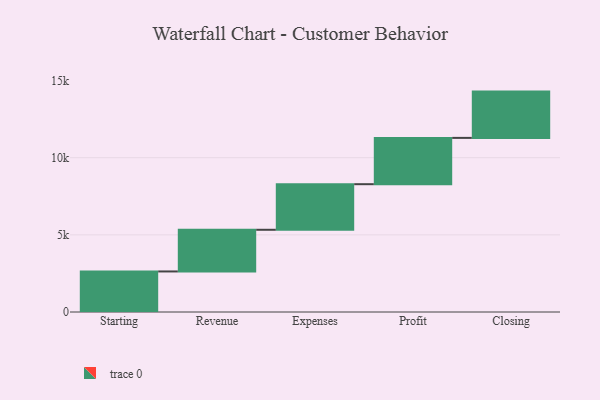
{"axis": {"x": "Step", "y": "Value"}, "legend": [""], "data": [{"x": "Starting", "y": 2628.0, "type": ""}, {"x": "Revenue", "y": 2700.0, "type": ""}, {"x": "Expenses", "y": 2955.0, "type": ""}, {"x": "Profit", "y": 3000, "type": ""}, {"x": "Closing", "y": 3000, "type": ""}]}